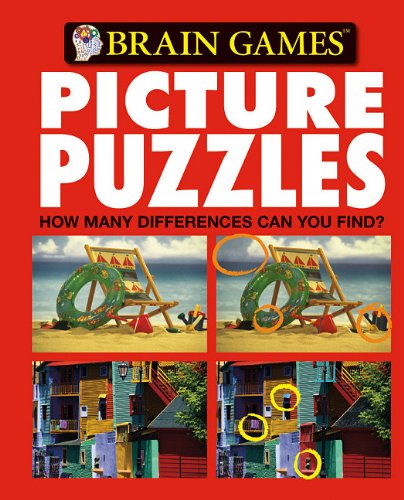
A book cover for Brain Games Picture Puzzles #1 (Brain Games (Unnumbered)); Humor & Entertainment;